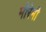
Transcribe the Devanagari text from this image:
मोरेमी